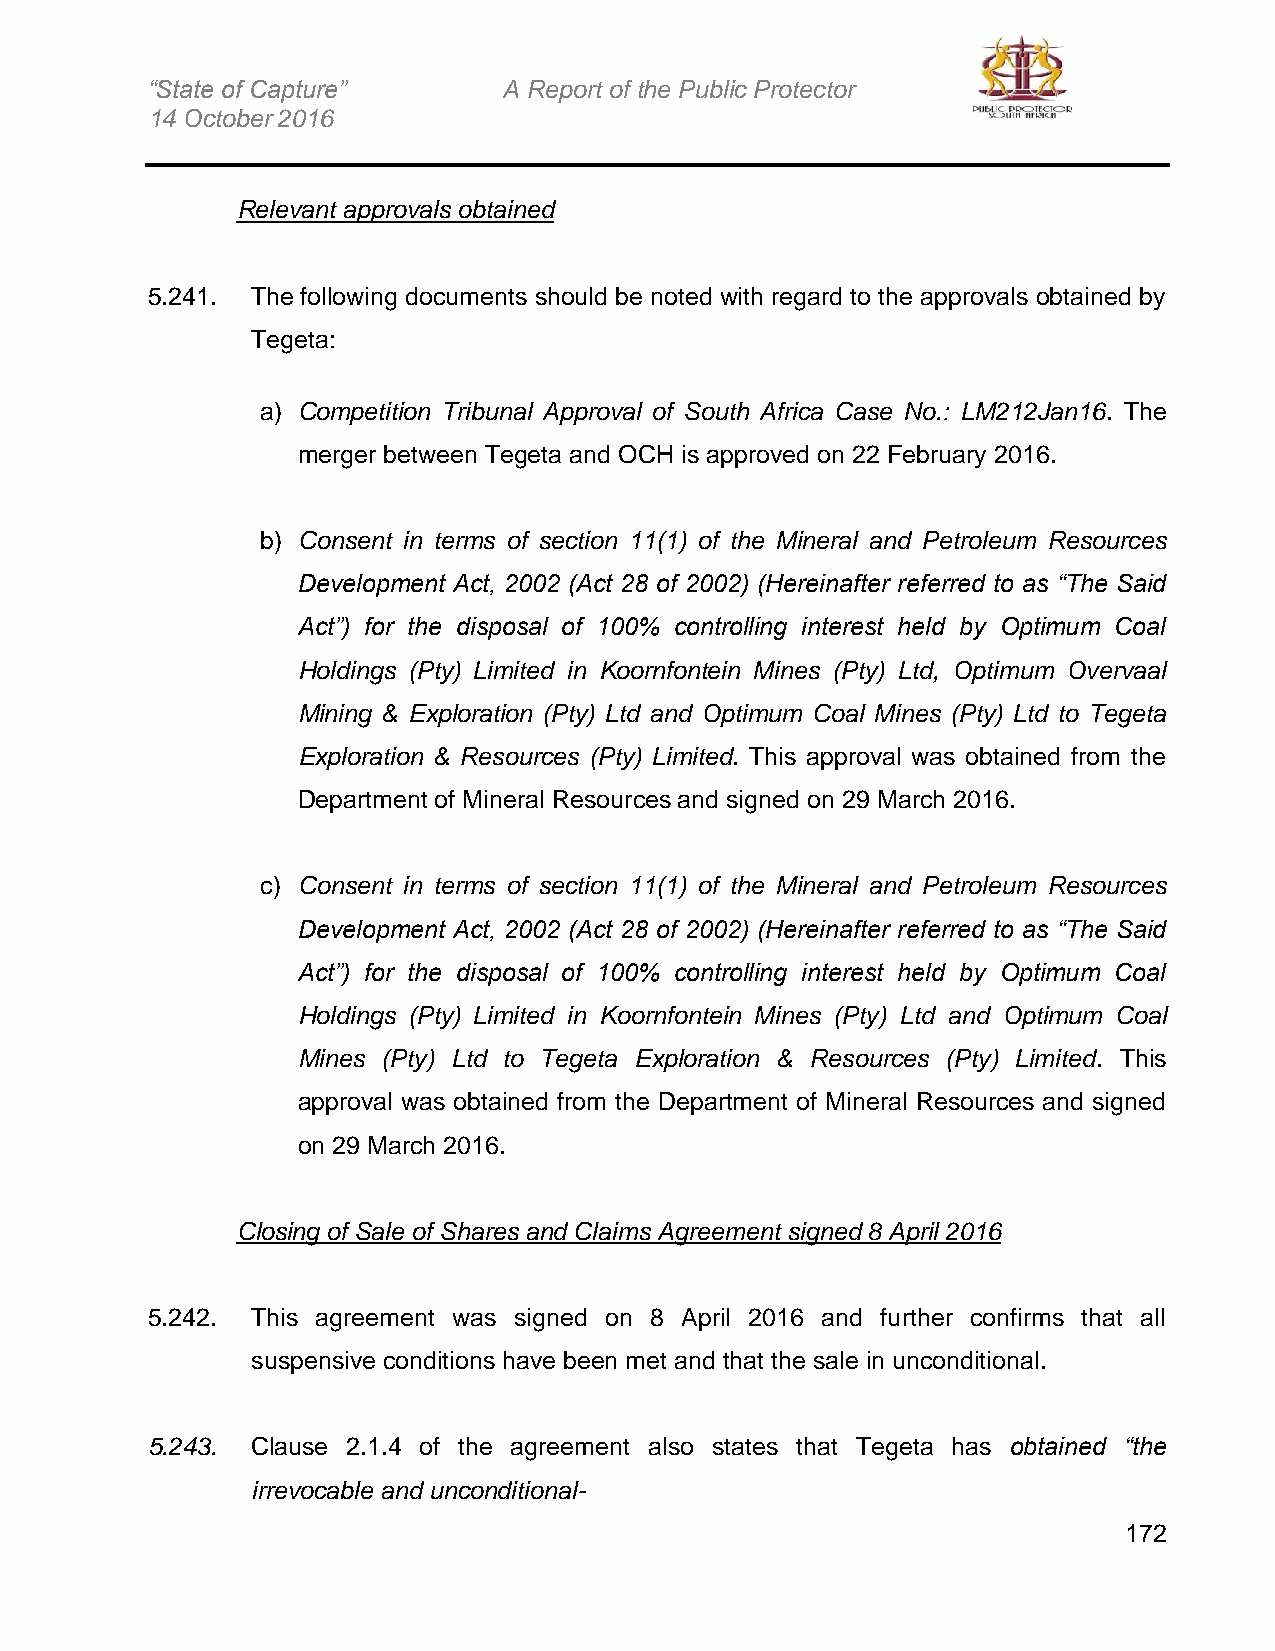
“State of Capture”     A Report of the Public Protector
 14 October 2016
 Relevant approvals obtained
 5.241. The following documents should be noted with regard to the approvals obtained by
 Tegeta:
 a) Competition Tribunal Approval of South Africa Case No.: LM212Jan16. The
 merger between Tegeta and OCH is approved on 22 February 2016.
 b) Consent in terms of section 11(1) of the Mineral and Petroleum Resources
 Development Act, 2002 (Act 28 of 2002) (Hereinafter referred to as “The Said
 Act”) for the disposal of 100% controlling interest held by Optimum Coal
 Holdings (Pty) Limited in Koornfontein Mines (Pty) Ltd, Optimum Overvaal
 Mining & Exploration (Pty) Ltd and Optimum Coal Mines (Pty) Ltd to Tegeta
 Exploration & Resources (Pty) Limited. This approval was obtained from the
 Department of Mineral Resources and signed on 29 March 2016.
 c) Consent in terms of section 11(1) of the Mineral and Petroleum Resources
 Development Act, 2002 (Act 28 of 2002) (Hereinafter referred to as “The Said
 Act”) for the disposal of 100% controlling interest held by Optimum Coal
 Holdings (Pty) Limited in Koornfontein Mines (Pty) Ltd and Optimum Coal
 Mines (Pty) Ltd to Tegeta Exploration & Resources (Pty) Limited. This
 approval was obtained from the Department of Mineral Resources and signed
 on 29 March 2016.
 Closing of Sale of Shares and Claims Agreement signed 8 April 2016
 5.242. This agreement was signed on 8 April 2016 and further confirms that all
 suspensive conditions have been met and that the sale in unconditional.
 5.243. Clause 2.1.4 of the agreement also states that Tegeta has obtained “the
 irrevocable and unconditional-
 172